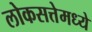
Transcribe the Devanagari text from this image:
लोकसत्तेमध्ये